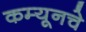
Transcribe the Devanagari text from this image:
कम्यूनचे